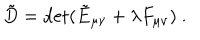
\tilde { D } = \det ( \tilde { E } _ { \mu \nu } + \lambda F _ { \mu \nu } ) \ .